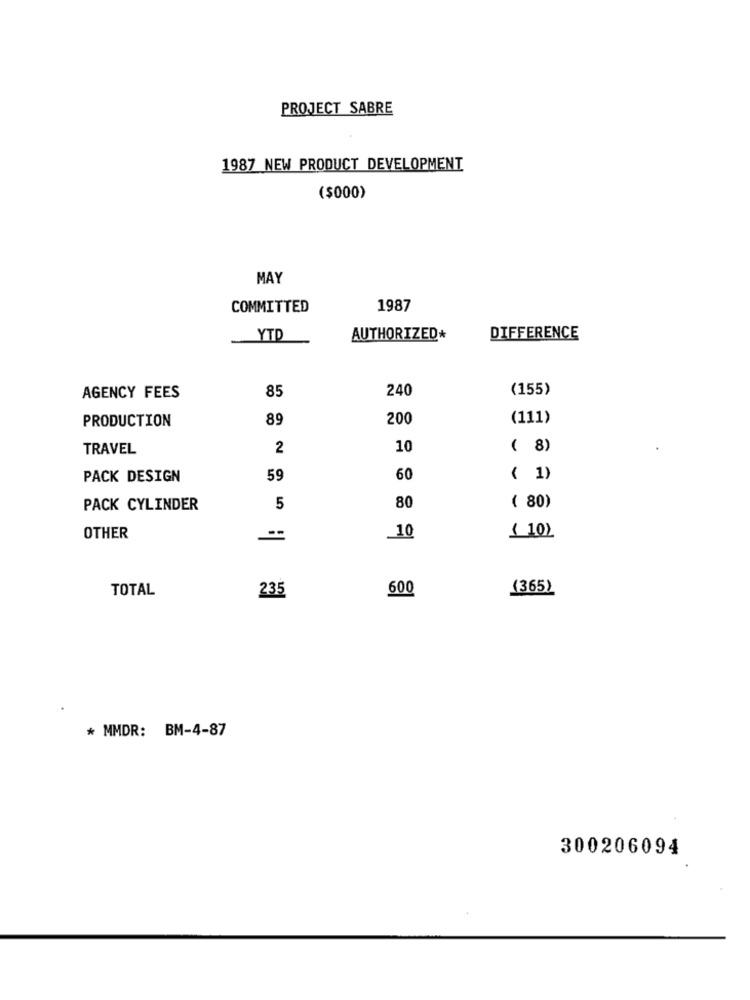
PROJECT SABRE
1987 NEW PRODUCT DEVELOPMENT
($000)
MAY
COMMITTED
1987
YTD
AUTHORIZED*
DIFFERENCE
85
240
(155)
AGENCY FEES
89
200
(111)
PRODUCTION
TRAVEL
2
10
( 8)
PACK DESIGN
59
60
( 1)
80
PACK CYLINDER
5
( 80)
OTHER
_10
( 10)
TOTAL
600
(365)
235
* MMDR: BM-4-87
300206094